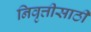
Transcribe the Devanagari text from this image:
निवृत्तीसाठी